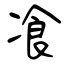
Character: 飡